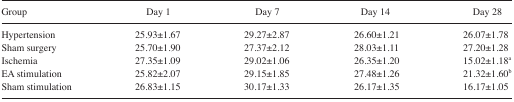
<table><thead><tr><td><b>Group</b></td><td><b>Day 1</b></td><td><b>Day 7</b></td><td><b>Day 14</b></td><td><b>Day 28</b></td></tr></thead><tbody><tr><td>Hypertension</td><td>25.93±1.67</td><td>29.27±2.87</td><td>26.60±1.21</td><td>26.07±1.78</td></tr><tr><td>Sham surgery</td><td>25.70±1.90</td><td>27.37±2.12</td><td>28.03±1.11</td><td>27.20±1.28</td></tr><tr><td>Ischemia</td><td>27.35±1.09</td><td>29.02±1.06</td><td>26.35±1.20</td><td>15.02±1.18a</td></tr><tr><td>EA stimulation</td><td>25.82±2.07</td><td>29.15±1.85</td><td>27.48±1.26</td><td>21.32±1.60b</td></tr><tr><td>Sham stimulation</td><td>26.83±1.15</td><td>30.17±1.33</td><td>26.17±1.35</td><td>16.17±1.05</td></tr></tbody></table>